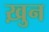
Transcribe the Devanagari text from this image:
ख़ुन